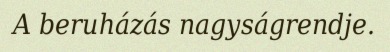
A beruházás nagyságrendje.